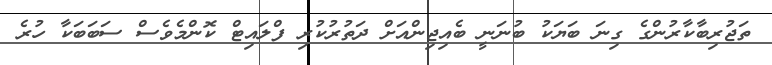
ތަޖުރިބާކާރުންގެ ގިނަ ބަޔަކު ބުނަނީ ބެއިޖިންއަށް ދަތުރުކުރި ފްލައިޓް ކޮންމެވެސް ސަބަބަކާ ހުރެ